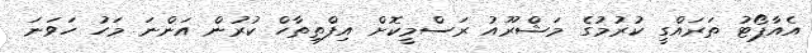
އެއާޕޯޓު ތަރައްގީ ކުރުމުގެ މަޝްރޫއު ރަސްމީކޮށް އިފްތިތާހް ކުރުން އަންނަ މަހު ހަވަނަ